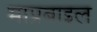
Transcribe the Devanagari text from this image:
माप्रबाइल